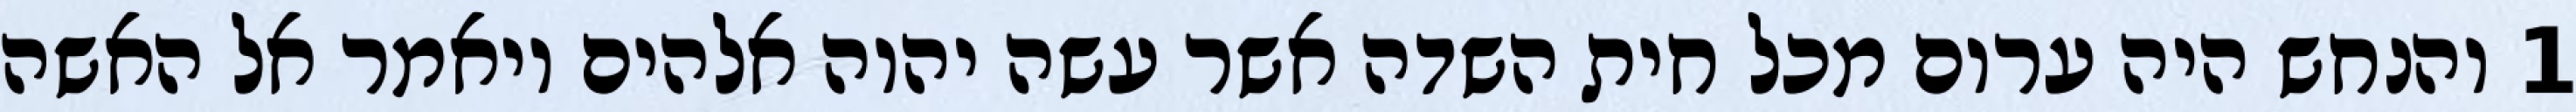
1 והנחש היה ערום מכל חית השדה אשר עשה יהוה אלהים ויאמר אל האשה